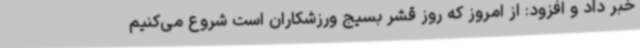
خبر داد و افزود: از امروز که روز قشر بسیج ورزشکاران است شروع می‌کنیم